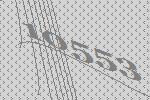
10553